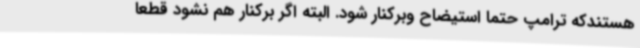
هستندکه ترامپ حتما استیضاح وبرکنار شود. البته اگر برکنار هم نشود قطعا